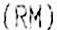
(RM)